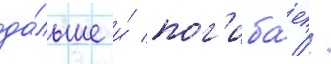
да́льше и́ пог'иба́ет //